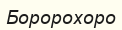
Боророхоро